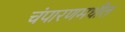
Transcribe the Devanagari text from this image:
चंपारणमधील